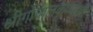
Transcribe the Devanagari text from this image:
श्रीगोपालकृष्णाची